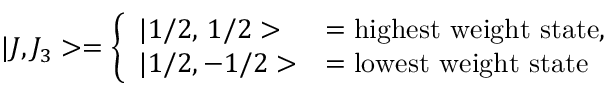
| J , J _ { 3 } > = \left\{ \begin{array} { l l } { { | 1 / 2 , \, 1 / 2 > } } & { { = { \mathrm { h i g h e s t ~ w e i g h t ~ s t a t e } } , } } \\ { { | 1 / 2 , - 1 / 2 > } } & { { = { \mathrm { l o w e s t ~ w e i g h t ~ s t a t e } } } } \end{array} \right.